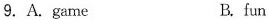
9.A.game B.fun